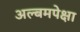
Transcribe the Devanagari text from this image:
अल्बमपेक्षा